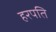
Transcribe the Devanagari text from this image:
हरपति